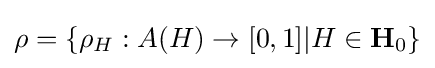
\rho =\{\rho _{H}:A(H)\rightarrow [0,1]|H\in \mathbf {H} _{0}\}